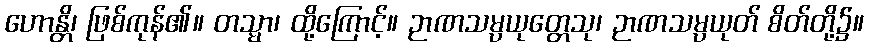
ဟောန္တိ၊ ဖြစ်ကုန်၏။ တသ္မာ၊ ထို့ကြောင့်။ ဉာဏသမ္ပယုတ္တေသု၊ ဉာဏသမ္ပယုတ် စိတ်တို့၌။